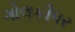
ગોલકીપર